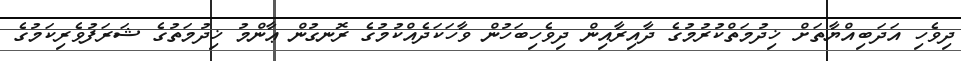
ދިވެހި އަދަބިއްޔާތަށް ޚިދުމަތްކުރުމުގެ ދާއިރާއިން ދިވެހިބަހުން ވާހަކަދެއްކުމުގެ ރޮނގުން ޢާންމު ޚިދުމަތުގެ ޝަރަފުވެރިކަމުގެ